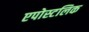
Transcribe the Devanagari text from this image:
एपोस्टलिक